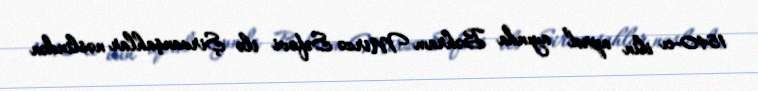
1540-cı ilin aprel ayında Bəhram Mirzə Səfəvi ilə Şirvanşahlar nəslindən